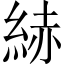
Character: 𦀗